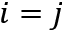
i = j